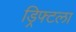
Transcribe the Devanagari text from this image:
ड्रिफ्टला